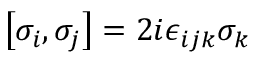
\left[ \sigma _ { i } , \sigma _ { j } \right] = 2 i \epsilon _ { i j k } \sigma _ { k }